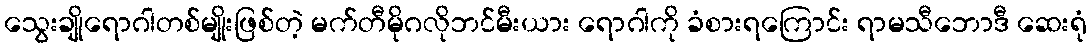
သွေးချိုရောဂါတစ်မျိုးဖြစ်တဲ့ မက်တီမိုဂလိုဘင်မီးယား ရောဂါကို ခံစားရကြောင်း ရာမသီဘောဒီ ဆေးရုံ